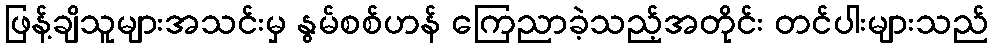
ဖြန့်ချိသူများအသင်းမှ နွမ်စစ်ဟန် ကြေညာခဲ့သည့်အတိုင်း တင်ပါးများသည်